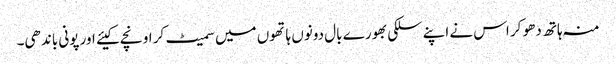
منہ ہاتھ دھو کر اس نے اپنے سلکی بھورے بال دونوں ہاتھوں میں سمیٹ کر اونچے کیئے اور پونی باندھی۔